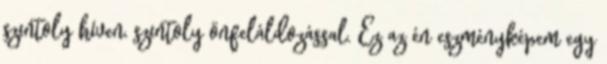
szintoly híven, szintoly önfeláldozással. Ez az én eszményképem egy